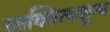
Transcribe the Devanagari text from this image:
व्यक्तित्वशून्य